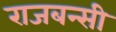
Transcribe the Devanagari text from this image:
राजबन्सी